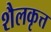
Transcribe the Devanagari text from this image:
शैलकृत्त